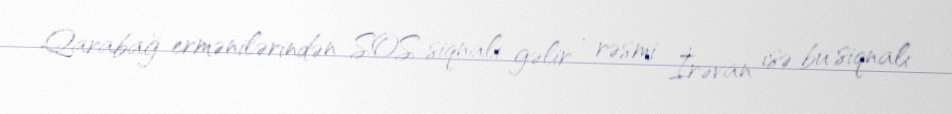
Qarabağ ermənilərindən SOS siqnalı gəlir , rəsmi İrəvan isə bu siqnalı